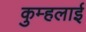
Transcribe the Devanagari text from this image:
कुम्हलाई